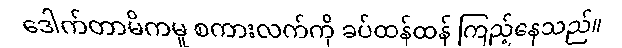
ဒေါက်တာမိကမူ စကားလက်ကို ခပ်ထန်ထန် ကြည့်နေသည်။